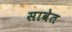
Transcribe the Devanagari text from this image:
सावेत